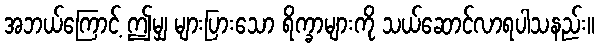
အဘယ်ကြောင့် ဤမျှ များပြားသော ရိက္ခာများကို သယ်ဆောင်လာရပါသနည်း။